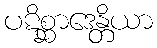
ပဋိစ္ဆာဒေန္တိယာ